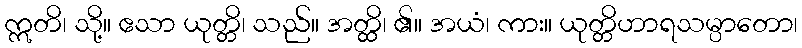
ဣတိ၊ သို့။ ဧသာ ယုတ္တိ၊ သည်။ အတ္ထိ၊ ၏။ အယံ၊ ကား။ ယုတ္တိဟာရသမ္ပာတော၊